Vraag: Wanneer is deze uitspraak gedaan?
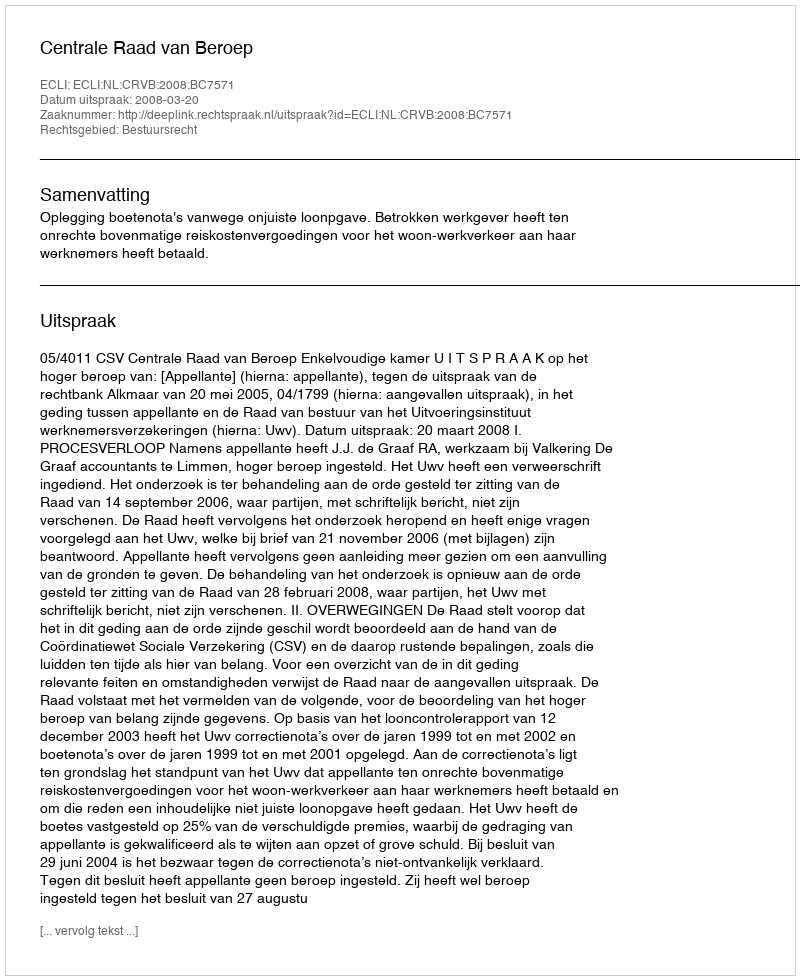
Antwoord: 2008-03-20